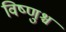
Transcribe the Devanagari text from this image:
विष्णुश्च